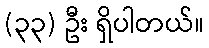
(၃၃) ဦး ရှိပါတယ်။